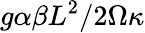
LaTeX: g\alpha\beta L^{2}/2\Omega\kappa